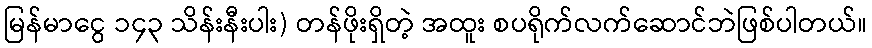
မြန်မာငွေ ၁၄၃ သိန်းနီးပါး) တန်ဖိုးရှိတဲ့ အထူး စပရိုက်လက်ဆောင်ဘဲဖြစ်ပါတယ်။